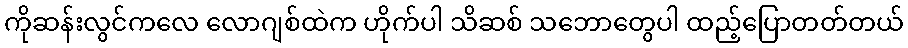
ကိုဆန်းလွင်ကလေ လောဂျစ်ထဲက ဟိုက်ပါ သိဆစ် သဘောတွေပါ ထည့်ပြောတတ်တယ်